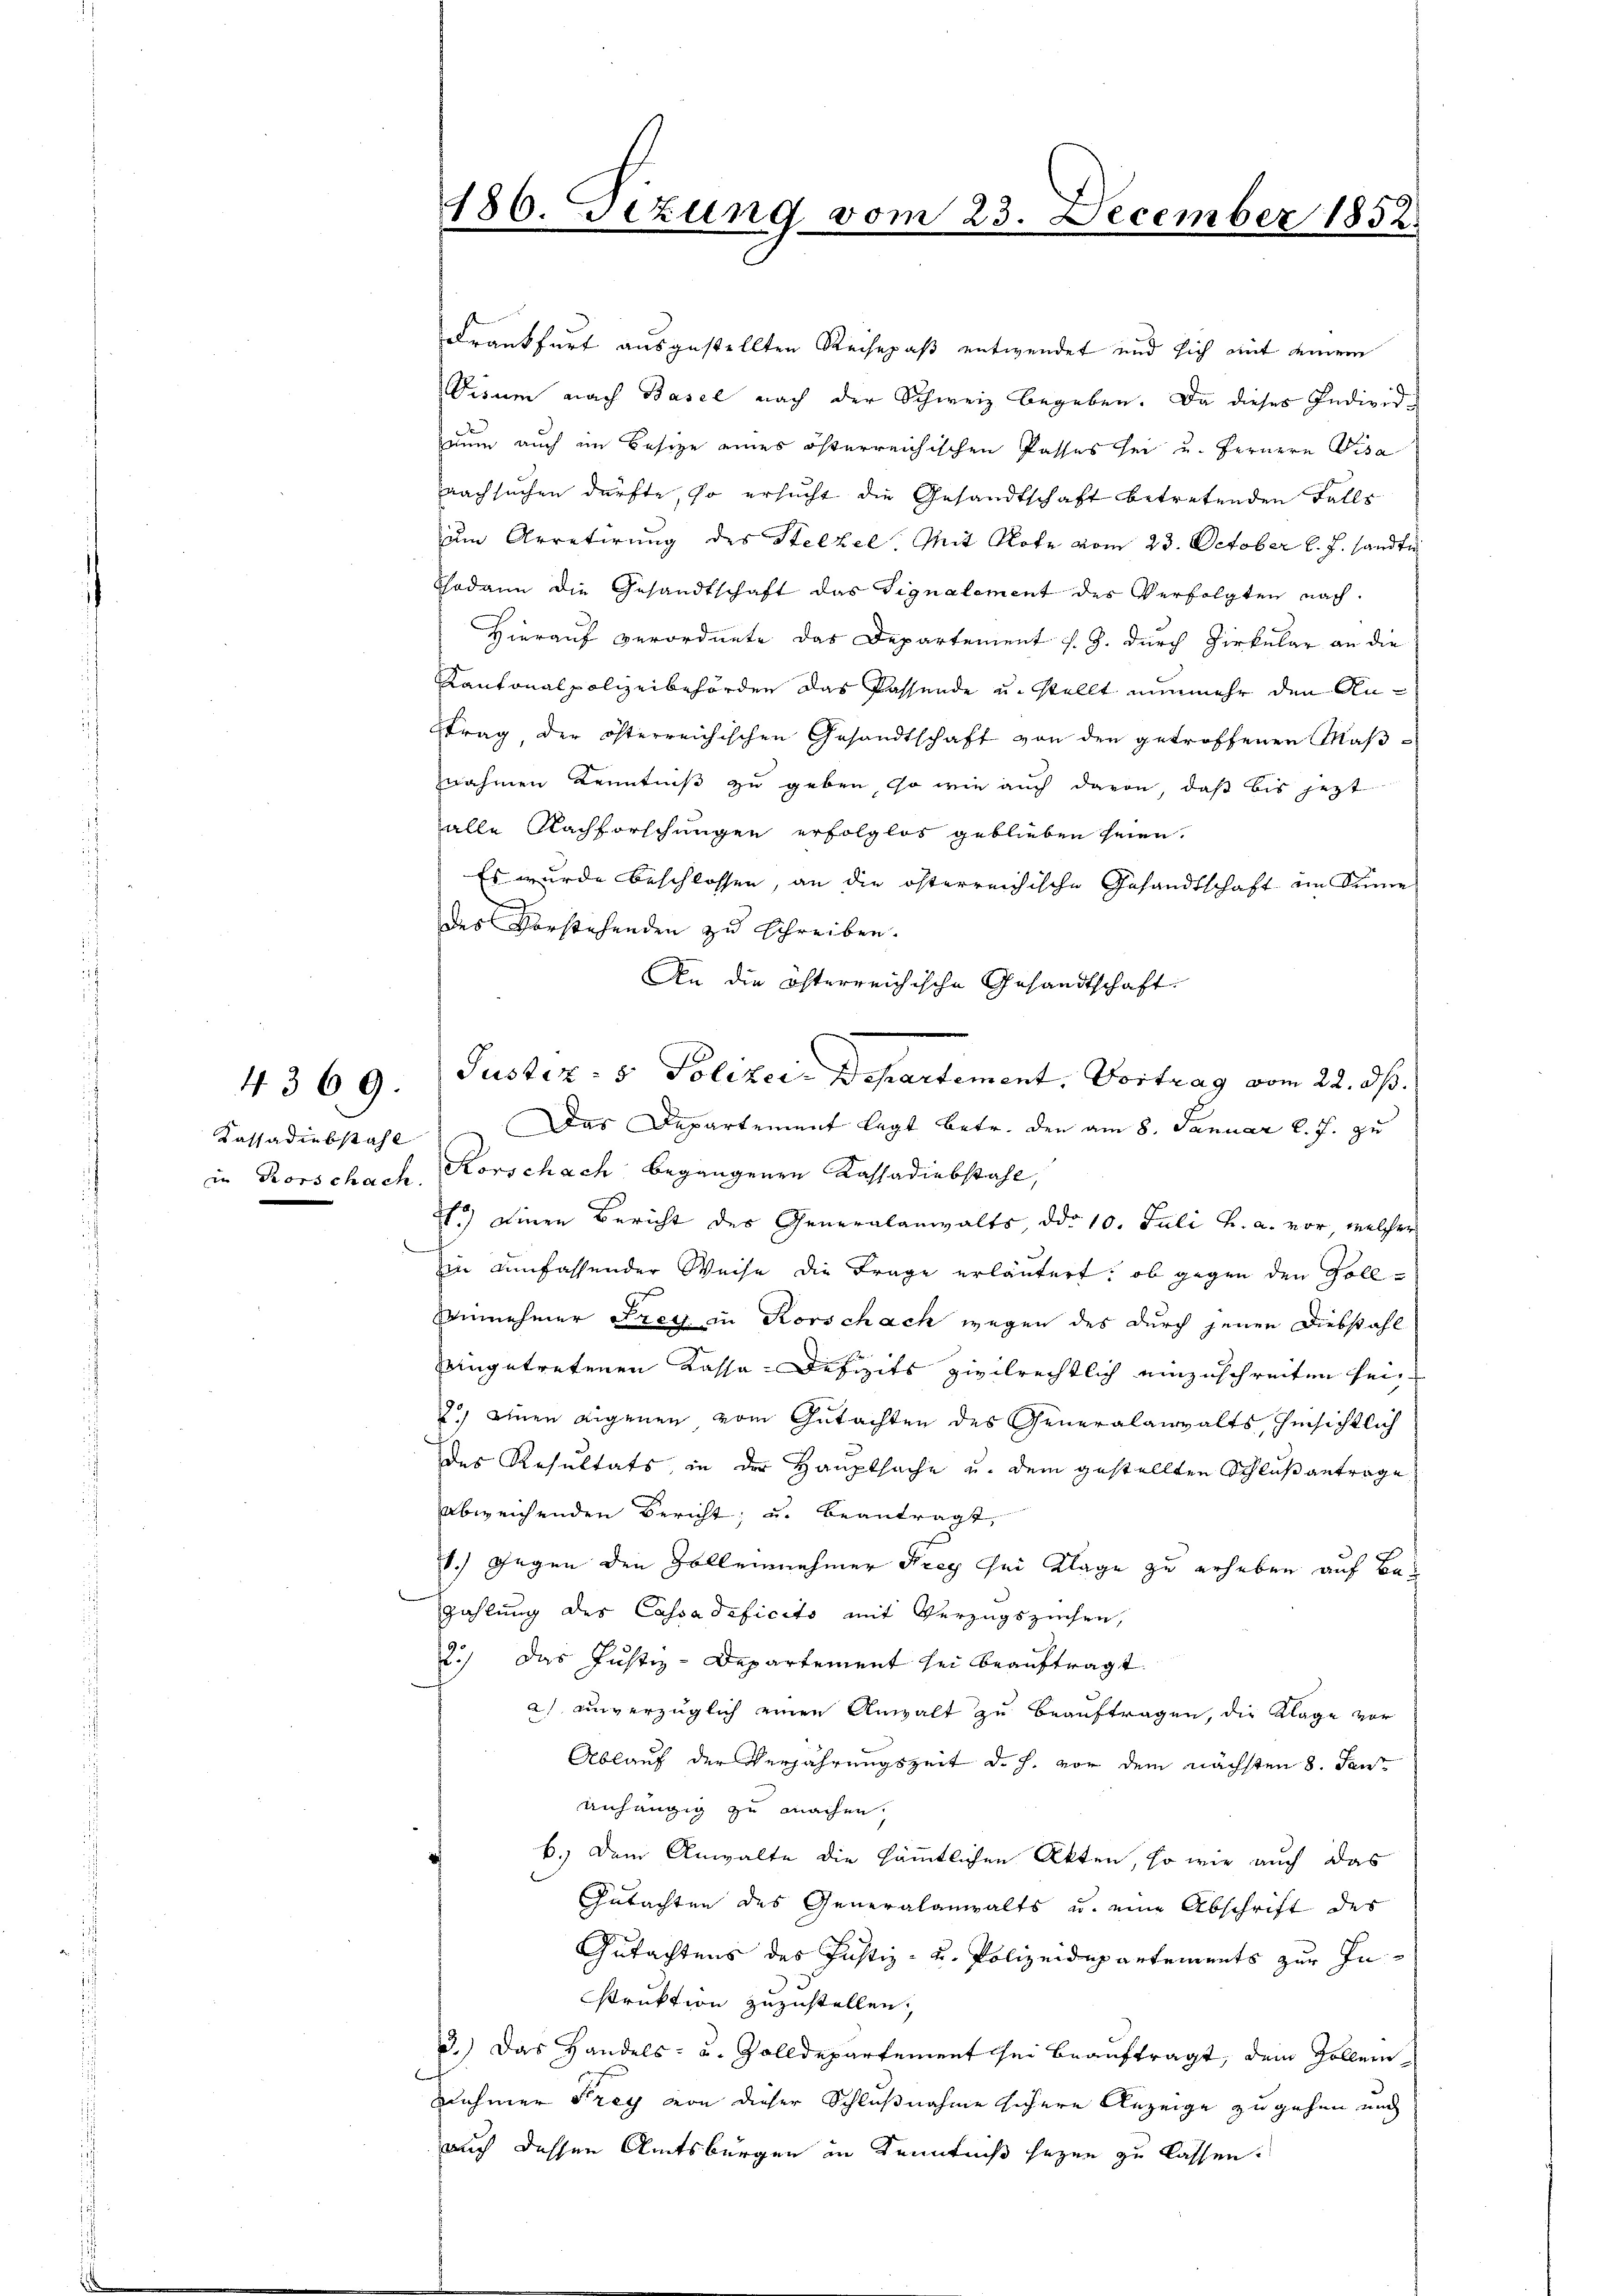
4369.

Krankfurt ausgestellten Reisepaß entwendet und sich mit einem
Visum nach Basel nach der Schweiz begeben. Da dieses Individnun auch im Besize eines österreichischen Passes sei u. fernern Visa
nachsuchen dürfte, so ersucht die Gesandtschaft betretenden Falle
um Arretirung des Stelzel. Mit Note vom 23. October l. J. sandti
Chadann die Gesandtschaft das Signalement des Verfolgten nach
Hierauf verordnete das Departement s. Z. durch Zirkular an die
Kantonalpolizeibehörden das Passende u. stellt nunmehr den Anstrag der österreichischen Gesandtschaft von den getroffenen Maßznahmen Kenntniß zu geben, so wie auch davon, daß bis jezt
alle Nachforschungen erfolglos geblieben seien.
Es wurde beschlossen, an die öfterreichische Gesandtschaft im Sinne
.
des Vorstehenden zu schreiben.
An die öfterreichische Gesandtschaft
Justiz: 5. Polizei-Departement, Vortrag vom 22. ds.
Kassadiebstahl. Das Departement legt betr. den am 8. Januar l. J. zu
in Rorschach, Korschach begangenen Kassadiebstahl,
1.) Einen Bericht des Generalanwalts, ddo 10. Juli h. a. vor, welcher
n umfassender Weise die Frage erläutert, ob gegen den Zolleinnehmer Frey in Korschach wegen des durch jenen Diebstahl
eingetretenen Kassa-Defizits zivilrechtlich einzuschreiten sei,
) einen eigenen vom Gutachten des Generalanwalts, hinsichtlich
des Resultats, in der Hauptsache u. dem gestellten Schlußantrage
abweichenden Bericht, u. beantragt,
1.) Gegen den Zolleinnehmer Frey sei Klage zu erheben auf Bezahlung des Cassadeficito mit Verzugsziehen,
2.) Das Justiz-Departement sei beauftragt
a) unverzüglich einen Anwalt zu beauftragen, die Klage vor
Ablauf der Verjährungszeit d. h. vor dem nächsten 8. Jan
anhängig zu machen.
b.) Dem Anwalte die sämmtlichen Akten, so wie auch das
Gutachten des Generalanwalts u. eine Abschrift des
Gutachtens des Justiz- u. Polizeidepartements zur Instruktion zuzustellen.
3.) Das Handels- u. Zolldepartement sei beauftragt, dem Zollernehmer Frey von dieser Schlußnahme sichere Anzeige zugehen und
auch dessen Amtsbürgen in Kenntniß sezen zu lassen.

186. Fezung vom 23. December 1858